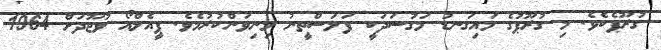
ގުރޫޕެކެވެ. މި ގުރޫޕުގެ މައިގަނޑު މަގުސަދަކީ ފަލަސްތީނު މިނިވަންކުރުމެވެ. ޕީއެލްއޯ ވުޖޫދަށް 1964